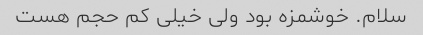
سلام. خوشمزه بود ولی خیلی کم حجم هست